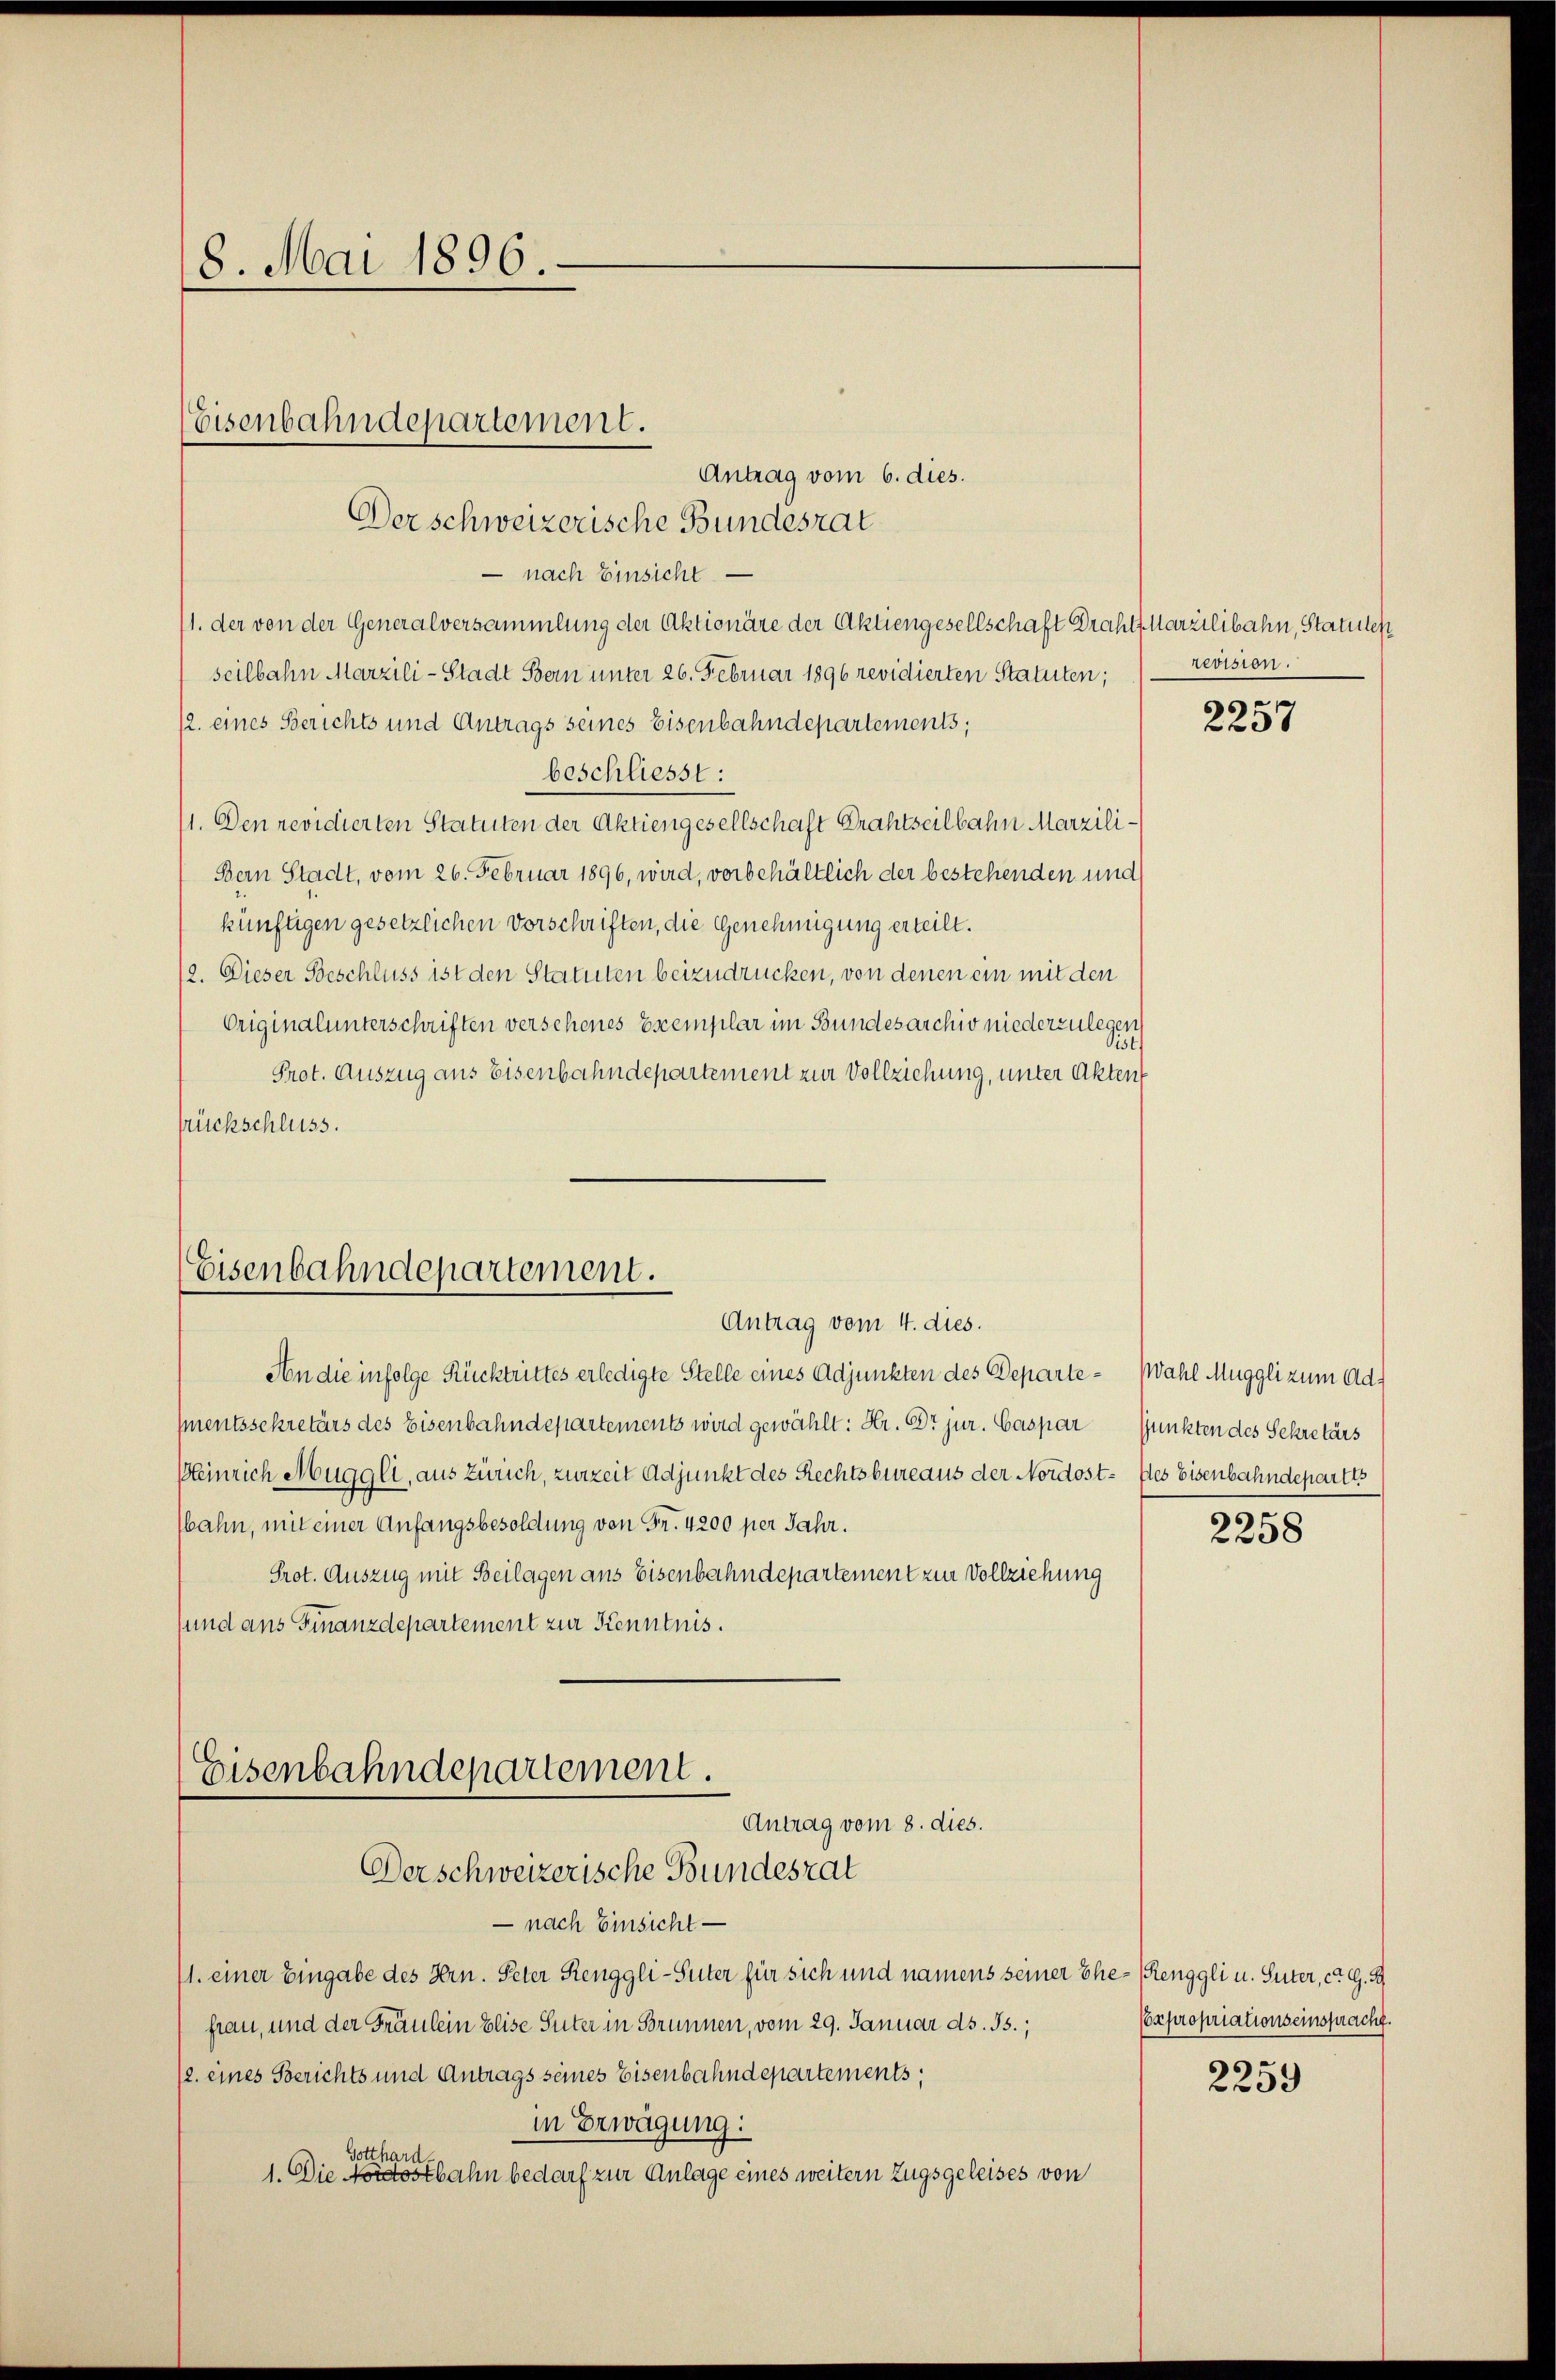
8. Mai 1896.

— nach Einsicht
1. der von der Generalversammlung der Aktionäre der Aktiengesellschaft Draht Marzilibahn, Statuten
seilbahn Marzili-Stadt Bern unter 26. Februar 1896 revidierten Statuten;
12. eines Berichts und Antrags seines Eisenbahndepartements;
beschliesst:
1. Den revidierten Statuten der Aktiengesellschaft Drahtseilbahn Marzili¬
Bern Stadt, vom 26. Februar 1896, wird, vorbehältlich der bestehenden und
künftigen gesetzlichen Vorschriften, die Genehmigung erteilt.
12. Dieser Beschluss ist den Statuten beizudrücken, von denen ein mit den
Originalunterschriften versehenes Escemplar im Bundesarchiv niederzulegen
ist
Prot. Auszug aus Eisenbahndepartement zur Vollziehung, unter Akten
srückschluss.

Eisenbahndepartement.
Derschweizerische Bundesrat

Eisenbahndepartement.
Antrag vom 4. dies.

An die infolge Rücktrittes erledigte Stelle eines Adjunkten des Departesmentssekretärs des Eisenbahndepartements wird gewählt: Hr. Dr jur. Caspar Punkten des Sekretärs
Heinrich Muggli, aus Zürich, zurzeit Adjunkt des Rechtsbureaus der Nordost- Ples Eisenbahndepartes
Wahn, mit einer Anfangsbesoldung von Fr. 4200 per Jahr.
Prot. Auszug mit Beilagen aus Eisenbahndepartement zur Vollziehung
sund aus Finanzdepartement zur Kenntnis.

Eisenbahndepartement.
Antrag vom 8. dies.
Derschweizerische Bundesrat

- nach Einsicht —
A. einer Eingabe des Hrn. Peter Renggli-Suter für sich und namens seiner Ehe- (Renggli u. Suter, ca. G. B
frau, und der Fräulein Elise Suter in Brunnen, vom 29. Januar ds. 33.;
/2. eines Berichts und Antrags seines Eisenbahndepartements,
in Erwägung:
Gotthard-
1. Die Nordostbahn bedarf zur Anlage eines weitern Zugsgeleises von

Antrag vom 6. dies.

revision.
6

220 x

Wahl Muggli zum Ad¬

s
2258

Coxpropriationseinspracht.
6

2259